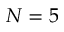
N = 5